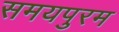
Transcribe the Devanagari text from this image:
समयपुरम